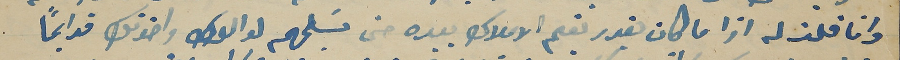
وانا قلت له اذا ما كان يقدر يقيم الاملاك بيده حتى تسَلمهم لوالدك واخوتك قوايمًا